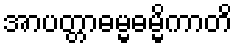
အာပတ္တာဓမ္မဓမ္မိကာတိ